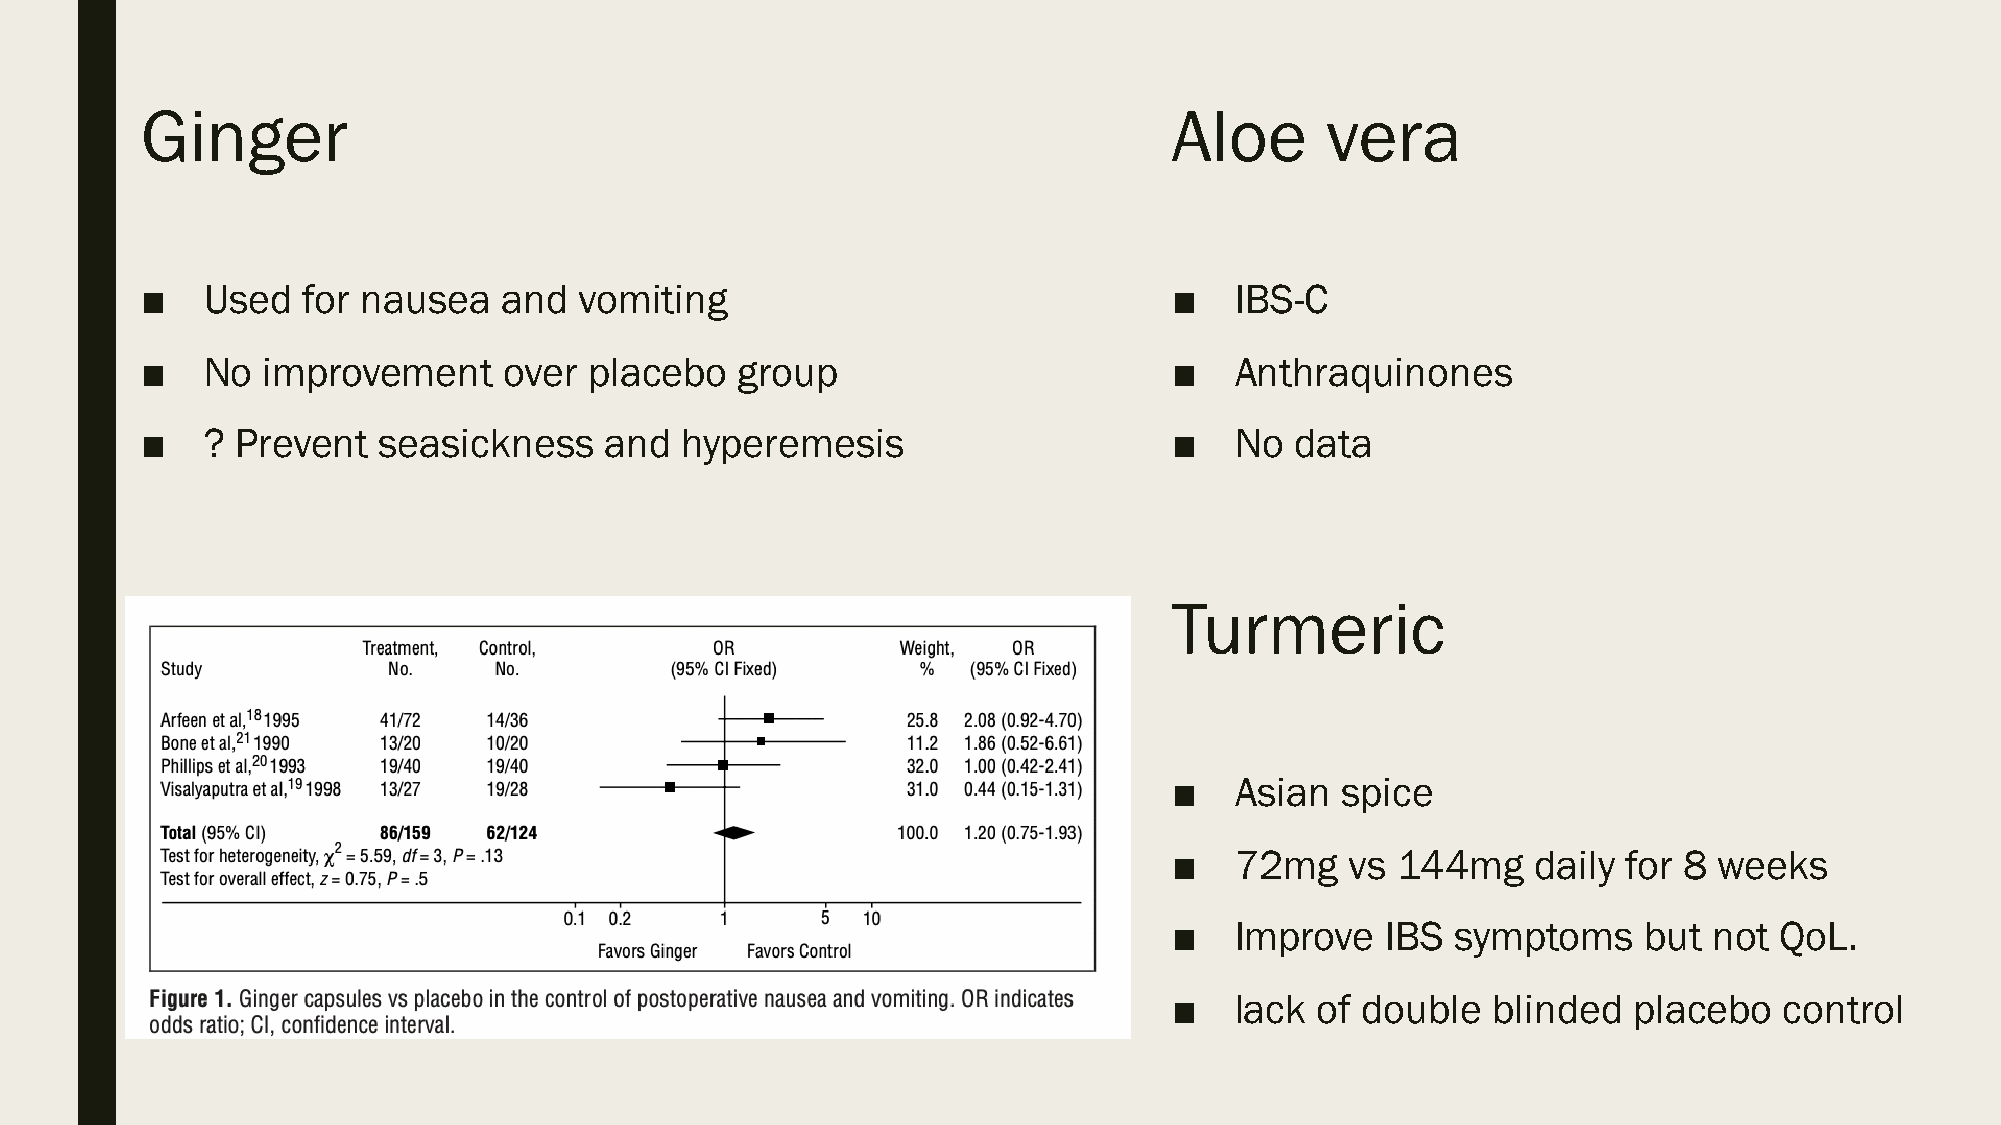
Ginger                                                               Aloe      vera
 ■    Used  for nausea   and  vomiting                                ■   IBS-C
 ■    No improvement     over  placebo   group                        ■   Anthraquinones
 ■    ? Prevent  seasickness    and  hyperemesis                      ■   No  data
 Turmeric
 ■   Asian  spice
 ■   72mg   vs 144mg     daily for 8 weeks
 ■   Improve   IBS symptoms     but not  QoL.
 ■   lack of double   blinded  placebo   control